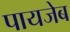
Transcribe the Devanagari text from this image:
पायजेब